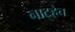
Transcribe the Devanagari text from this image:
नाटहेच